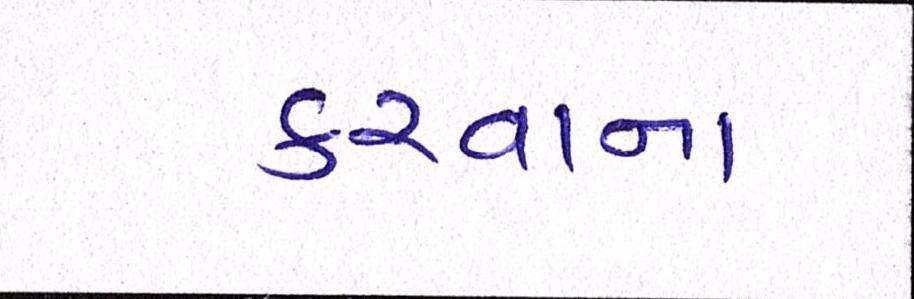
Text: કરવાના